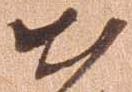
出